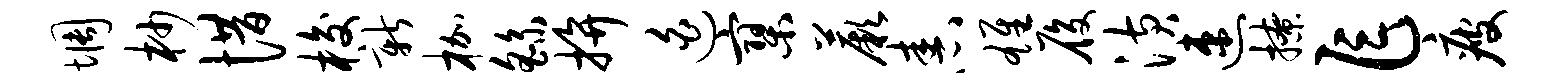
惆杪惜梭新枷繇拚迫寥蕨舂雄履潢速撩乍疲